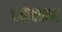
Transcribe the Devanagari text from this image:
दंतोपकार